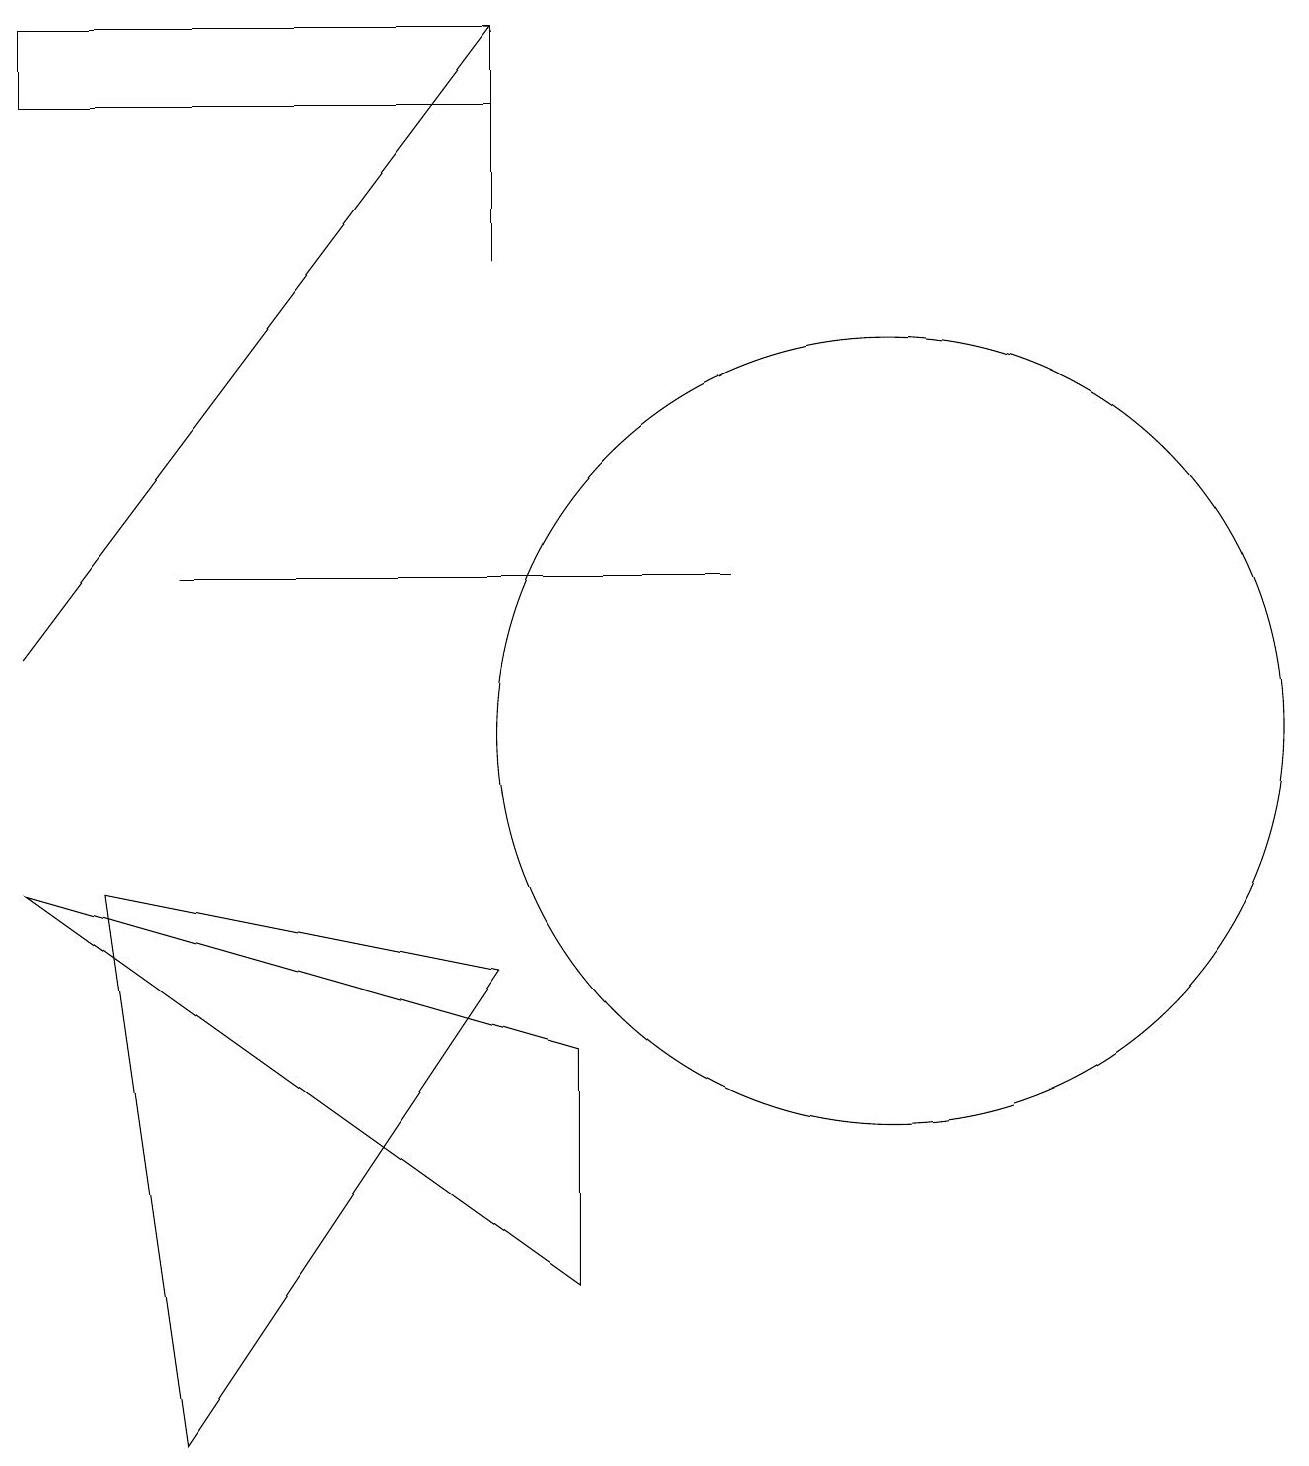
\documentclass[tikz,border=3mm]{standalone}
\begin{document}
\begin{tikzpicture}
\draw (11,10) circle (5);
\draw (6,18) rectangle (0,19);
\draw (9,12) rectangle (2,12);
\draw (7,3) -- (0,8) -- (7,6) -- cycle;
\draw (6,19) rectangle (6,16);
\draw (6,7) -- (2,1) -- (1,8) -- cycle;
\draw[->] (0,11) -- (6,19);
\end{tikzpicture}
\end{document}